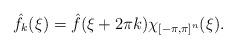
LaTeX: \begin{align*}\hat{f}_k(\xi)=\hat{f}(\xi+2\pi k)\chi_{[-\pi,\pi]^n}(\xi).\end{align*}